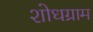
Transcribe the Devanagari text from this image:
शोधग्राम